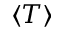
\langle T \rangle